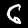
Digit: 6